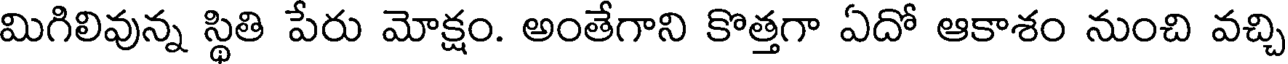
మిగిలివున్న స్థితి పేరు మోక్షం. అంతేగాని కొత్తగా ఏదో ఆకాశం నుంచి వచ్చి